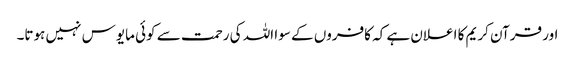
اور قرآن کریم کا اعلان ہے کہ کافروں کے سوا اللہ کی رحمت سے کوئی مایوس نہیں ہوتا۔